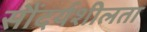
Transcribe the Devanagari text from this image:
सौंदर्यशीलता